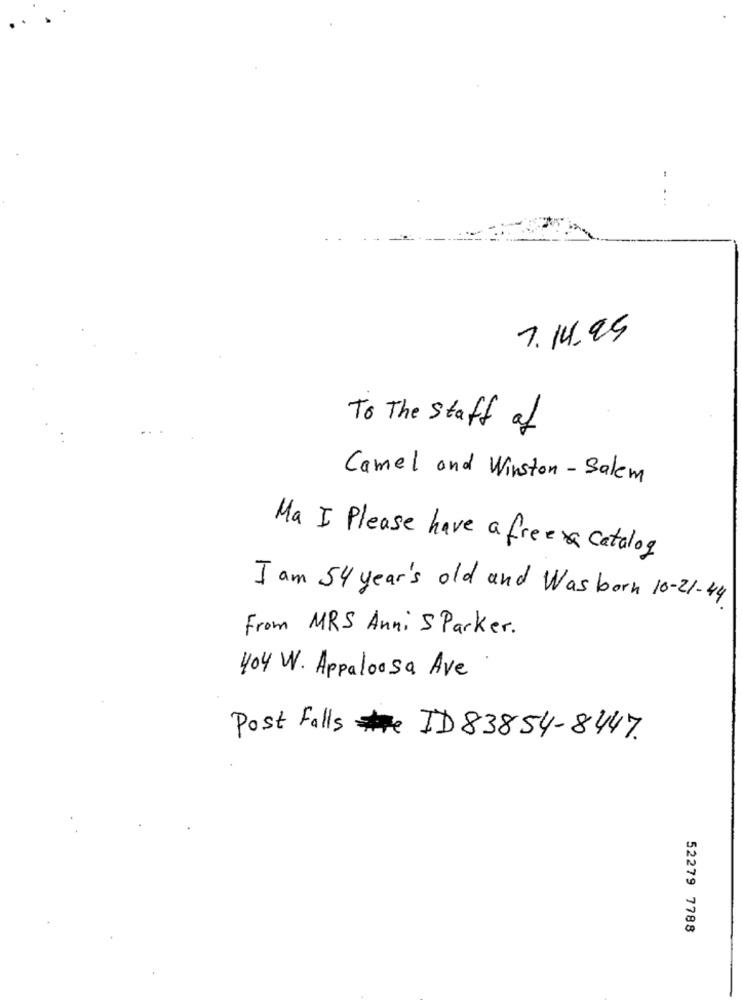
7.14.95
To The staff of
Camel and Winston - Salem
Ma I Please have a free Catalog
I am 54 year's old and Was born 10-21-44
From MRS Anni S Parker.
404 W. Appaloosa Ave
Post Falls #ID 83854-8447
52279 7788